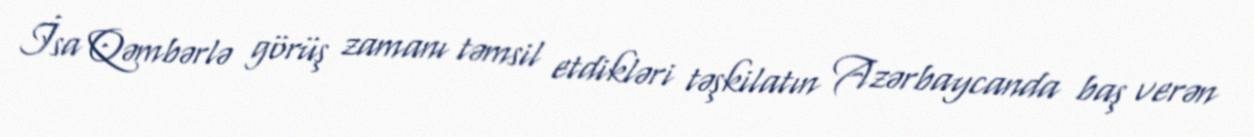
İsa Qəmbərlə görüş zamanı təmsil etdikləri təşkilatın Azərbaycanda baş verən